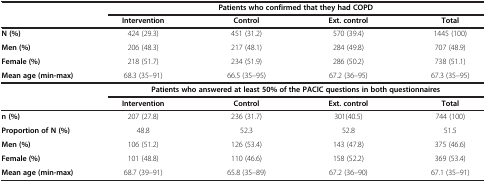
<table><thead><tr><td rowspan="2"><b> </b></td><td colspan="4"><b>Patients who confirmed that they had COPD</b></td></tr><tr><td><b>Intervention</b></td><td><b>Control</b></td><td><b>Ext. control</b></td><td><b>Total</b></td></tr></thead><tbody><tr><td><b>N (%)</b></td><td>424 (29.3)</td><td>451 (31.2)</td><td>570 (39.4)</td><td>1445 (100)</td></tr><tr><td><b>Men (%)</b></td><td>206 (48.3)</td><td>217 (48.1)</td><td>284 (49.8)</td><td>707 (48.9)</td></tr><tr><td><b>Female (%)</b></td><td>218 (51.7)</td><td>234 (51.9)</td><td>286 (50.2)</td><td>738 (51.1)</td></tr><tr><td><b>Mean age (min-max)</b></td><td>68.3 (35–91)</td><td>66.5 (35–95)</td><td>67.2 (36–95)</td><td>67.3 (35–95)</td></tr><tr><td> </td><td> </td><td colspan="4"><b>Patients who answered at least 50% of the PACIC questions in both questionnaires</b></td></tr><tr><td> </td><td><b>Intervention</b></td><td><b>Control</b></td><td><b>Ext. control</b></td><td><b>Total</b></td><td> </td></tr><tr><td><b>n (%)</b></td><td>207 (27.8)</td><td>236 (31.7)</td><td>301(40.5)</td><td>744 (100)</td><td> </td></tr><tr><td><b>Proportion of N (%)</b></td><td>48.8</td><td>52.3</td><td>52.8</td><td>51.5</td><td> </td></tr><tr><td><b>Men (%)</b></td><td>106 (51.2)</td><td>126 (53.4)</td><td>143 (47.8)</td><td>375 (46.6)</td><td> </td></tr><tr><td><b>Female (%)</b></td><td>101 (48.8)</td><td>110 (46.6)</td><td>158 (52.2)</td><td>369 (53.4)</td><td> </td></tr><tr><td><b>Mean age (min-max)</b></td><td>68.7 (39–91)</td><td>65.8 (35–89)</td><td>67.2 (36–90)</td><td>67.1 (35–91)</td><td> </td></tr></tbody></table>